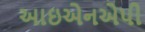
આઇએનએપી